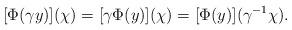
LaTeX: \begin{align*}[\Phi(\gamma y)](\chi)=[\gamma \Phi(y)](\chi)=[\Phi(y)](\gamma^{-1}\chi).\end{align*}